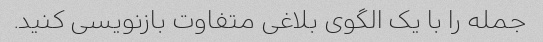
جمله را با یک الگوی بلاغی متفاوت بازنویسی کنید.